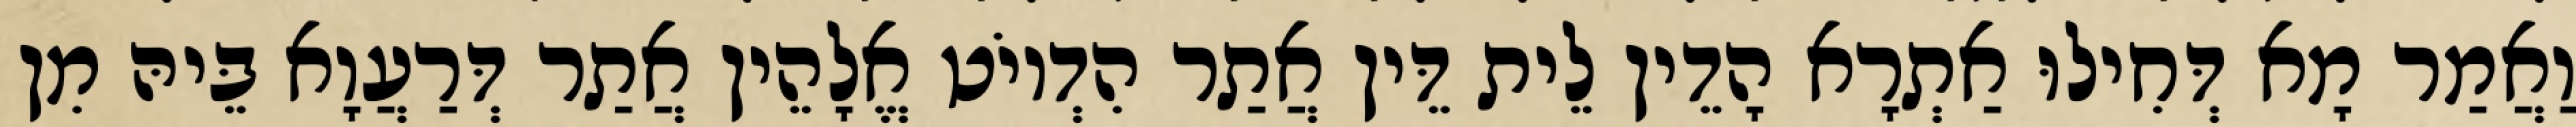
וַאֲמַר מָא דְּחִילוּ אַתְרָא הָדֵין לֵית דֵּין אֲתַר הִדְיוֹט אֱלָהֵין אֲתַר דְּרַעֲוָא בֵּיהּ מִן